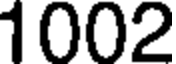
1002